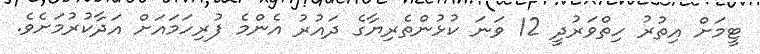
ޓީމަށް އިތުރު ހިތްވަރުދީ 12 ވަނަ ކުޅުންތެރިޔާގެ ދައުރު އެންމެ ފުރިހަމައަށް އަދާކުރުމަށެވެ.